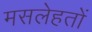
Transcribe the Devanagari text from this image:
मसलेहतों